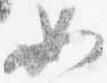
如